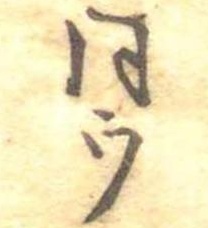
同ウ